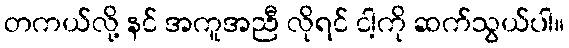
တကယ်လို့ နင် အကူအညီ လိုရင် ငါ့ကို ဆက်သွယ်ပါ။